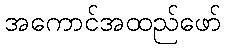
အကောင်အထည်ဖော်